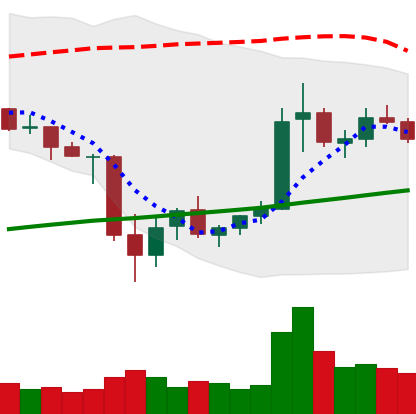
Ticker: ETC-USD
Chart end date: 2021-07-05
Forward return: -8.404%
Label: down_7plus